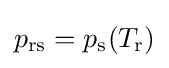
p_{\text{rs}}=p_{\text{s}}(T_{\text{r}})